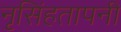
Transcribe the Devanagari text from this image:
नृसिंहतापनी